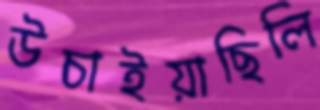
উচাইয়াছিলি